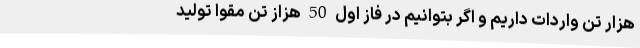
هزار تن واردات داریم و اگر بتوانیم در فاز اول 50 هزاز تن مقوا تولید